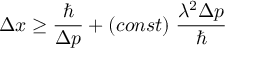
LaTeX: \Delta x \ge \frac { \hbar } { \Delta p } + ( c o n s t ) \; \frac { \lambda ^ { 2 } \Delta p } { \hbar }